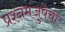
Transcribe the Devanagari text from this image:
प्रश्नमंजुषेची